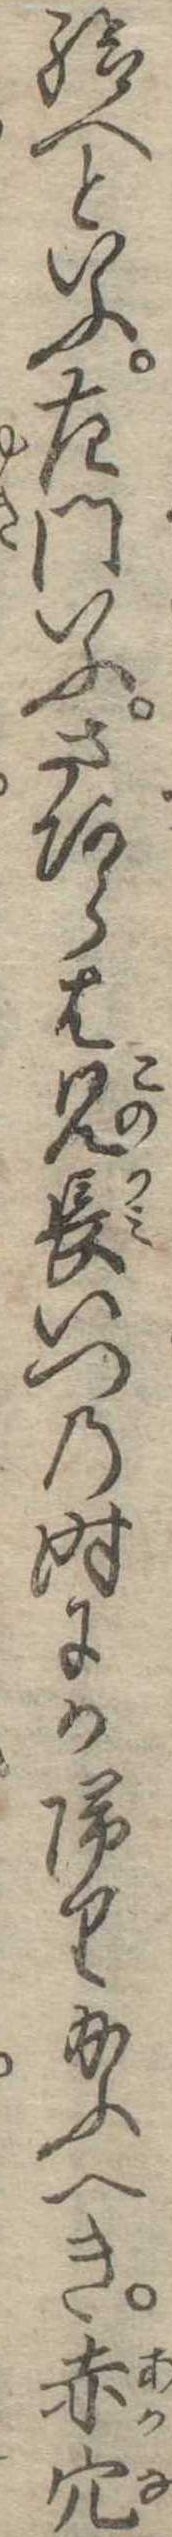
給へといふ左門いふさあらは兄長いつの時にか帰り給ふへき赤穴